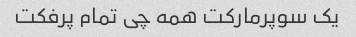
یک سوپرمارکت همه چی تمام پرفکت